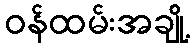
ဝန်ထမ်းအချို့